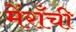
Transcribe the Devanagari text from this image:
मेंराँची